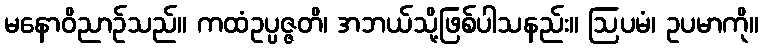
မနောဝိညာဉ်သည်။ ကထံဥပ္ပဇ္ဇတိ၊ အဘယ်သို့ဖြစ်ပါသနည်း။ ဩပမံ၊ ဥပမာကို။